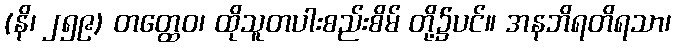
(နိ၊ ၂၅၉) တတ္ထေဝ၊ ထိုသူတပါးစည်းစိမ် တို့၌ပင်။ အနဘိရတိရသာ၊